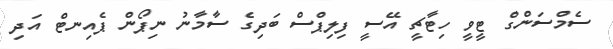
ސެމްސަންގް ޓީވީ ހިޓާޗީ އޭސީ ފިލިޕްސް ބަދިގެ ސާމާނު ނިޕޯން ޕެއިނޓް އަދި